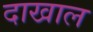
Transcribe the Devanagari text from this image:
दाखाल